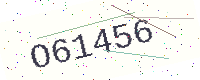
Text: O61456